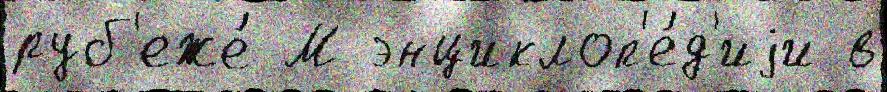
руб'еже́ М энциклоп'е́д'иjи в